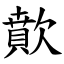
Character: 歕